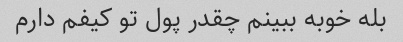
بله خوبه ببینم چقدر پول تو کیفم دارم